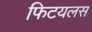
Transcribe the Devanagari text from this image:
फिटयलस